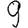
Digit: 9